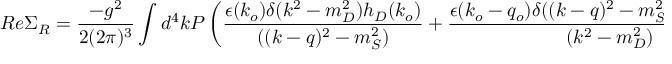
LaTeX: R e \Sigma _ { R } = { \frac { - g ^ { 2 } } { 2 ( 2 \pi ) ^ { 3 } } } \int d ^ { 4 } k { \cal P } \left( { \frac { \epsilon ( k _ { o } ) \delta ( k ^ { 2 } - m _ { D } ^ { 2 } ) h _ { D } ( k _ { o } ) } { ( ( k - q ) ^ { 2 } - m _ { S } ^ { 2 } ) } } + { \frac { \epsilon ( k _ { o } - q _ { o } ) \delta ( ( k - q ) ^ { 2 } - m _ { S } ^ { 2 } ) h _ { S } ( k _ { o } - q _ { o } ) } { ( k ^ { 2 } - m _ { D } ^ { 2 } ) } } \right) F .